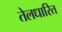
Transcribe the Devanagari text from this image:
तेलधारित